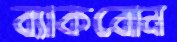
ব্যাকবোন